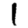
Digit: 1